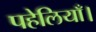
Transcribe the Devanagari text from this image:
पहेलियाँ।